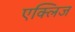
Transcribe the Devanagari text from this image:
एक्लिज